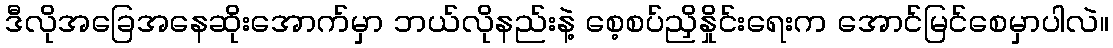
ဒီလိုအခြေအနေဆိုးအောက်မှာ ဘယ်လိုနည်းနဲ့ စေ့စပ်ညှိနှိုင်းရေးက အောင်မြင်စေမှာပါလဲ။